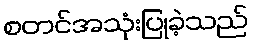
စတင်အသုံးပြုခဲ့သည်